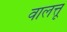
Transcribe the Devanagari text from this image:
वालत्तू